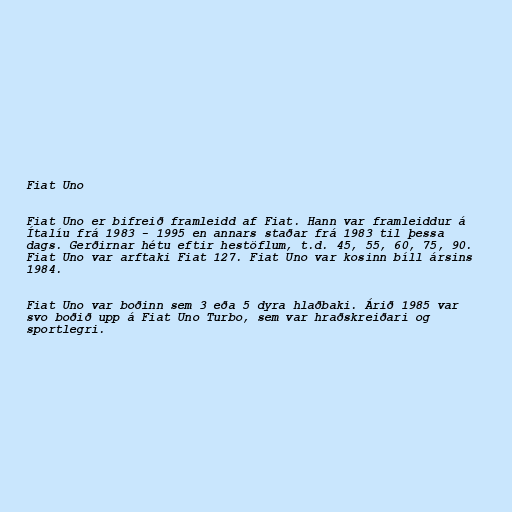
Fiat Uno

Fiat Uno er bifreið framleidd af Fiat. Hann var framleiddur á
Ítalíu frá 1983 - 1995 en annars staðar frá 1983 til þessa
dags. Gerðirnar hétu eftir hestöflum, t.d. 45, 55, 60, 75, 90.
Fiat Uno var arftaki Fiat 127. Fiat Uno var kosinn bíll ársins
1984.

Fiat Uno var boðinn sem 3 eða 5 dyra hlaðbaki. Árið 1985 var
svo boðið upp á Fiat Uno Turbo, sem var hraðskreiðari og
sportlegri.